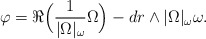
\begin{align*} \varphi = \Re \Big( \frac{1}{|\Omega|_\omega} \Omega \Big) - dr \wedge |\Omega|_\omega \omega.\end{align*}